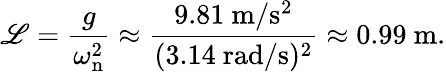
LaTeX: \mathscr{L}={\frac{{g}}{{\omega_{\mathrm{{n}}}^{2}}}}\approx{\frac{{9.81\ \mathrm{{m/s^{2}}}}}{{(3.14\ \mathrm{{rad/s}})^{2}}}}\approx0.99\ \mathrm{{m}}.